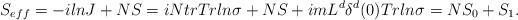
LaTeX: \begin{align*}S_{eff}=-ilnJ+NS=iN trTrln\sigma + NS +imL^{d}\delta^{d}(0)Trln\sigma=NS_{0}+S_{1}.\end{align*}